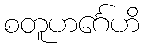
စတူဟင်္ဂေဟိ